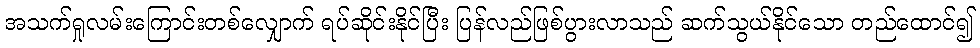
အသက်ရှုလမ်းကြောင်းတစ်လျှောက် ရပ်ဆိုင်းနိုင်ပြီး ပြန်လည်ဖြစ်ပွားလာသည် ဆက်သွယ်နိုင်သော တည်ထောင်၍